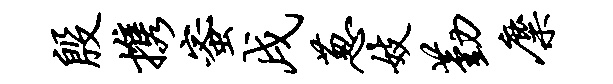
殷携蜜戌葱妓勤麋